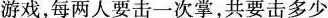
游戏，每两人要击一次掌，共要击多少